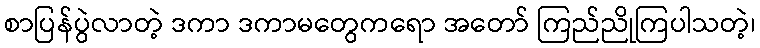
စာပြန်ပွဲလာတဲ့ ဒကာ ဒကာမတွေကရော အတော် ကြည်ညိုကြပါသတဲ့၊